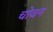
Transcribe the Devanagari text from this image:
चोवन